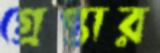
গ্রেপ্তার